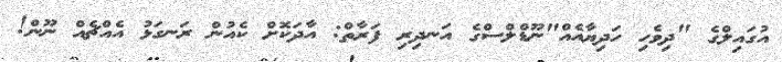
އުގައިލްގެ "ދިވެހި ހަދިޔާއެއް"ނޫޑްލްސްގެ އަނދިރި ފަރާތް: އާދަކޮށް ކެއުން ރަނގަޅު އެއްޗެއް ނޫން!